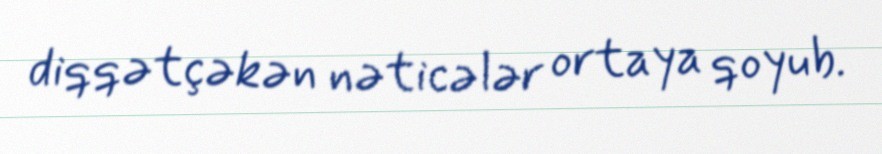
diqqətçəkən nəticələr ortaya qoyub.